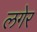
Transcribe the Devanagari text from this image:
लगेर